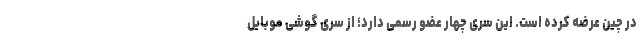
در چین عرضه کرده است. این سری چهار عضو رسمی دارد؛ از سری گوشی موبایل